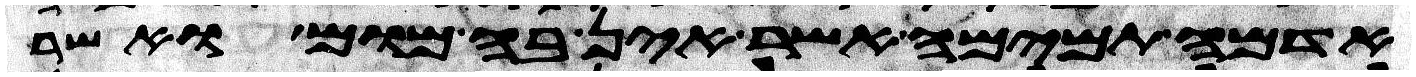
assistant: אדמה תמימה אשר אין בה מום ואשר